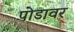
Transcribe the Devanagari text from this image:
पोडावर